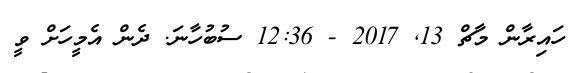
ހައިރާން މާޗް 13